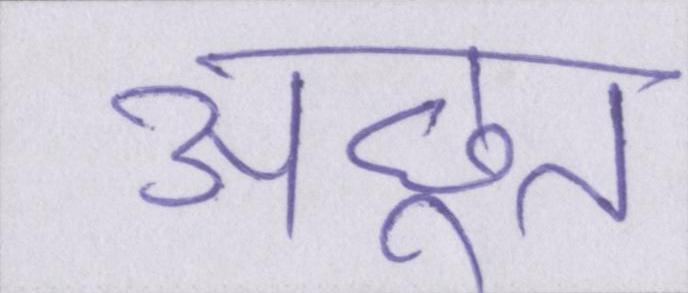
अछूत